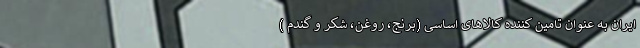
ایران به عنوان تامین کننده کالاهای اساسی (برنج، روغن، شکر و گندم )